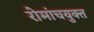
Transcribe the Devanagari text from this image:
रोमांचयुक्त